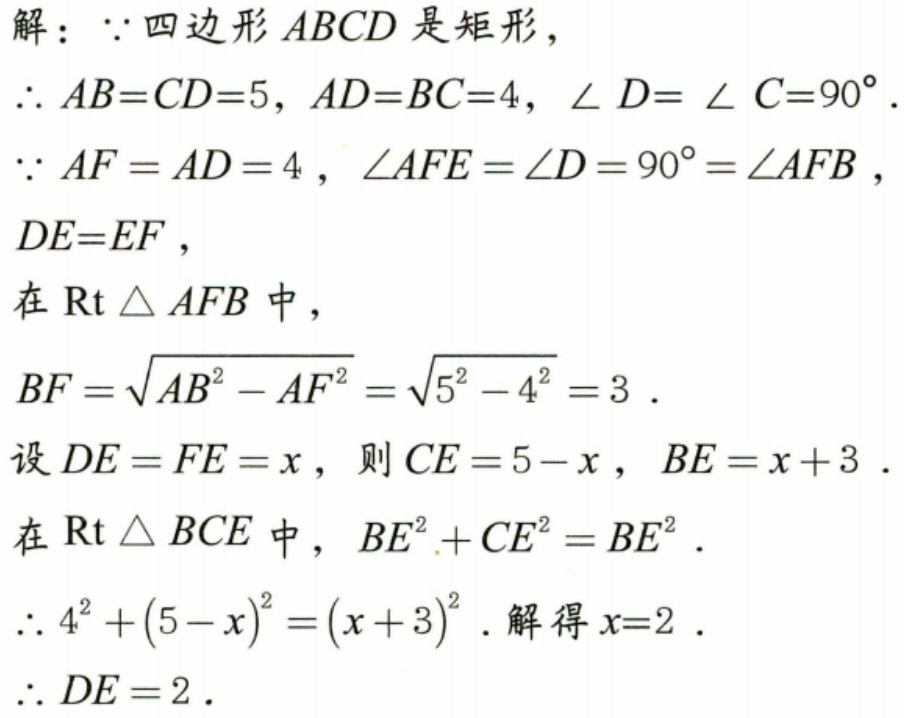
解：\(\because\)四边形 \(ABCD\) 是矩形，
\(\therefore AB = CD = 5\)，\(AD = BC = 4\)，\(\angle D=\angle C = 90^{\circ}\).
\(\because AF = AD = 4\)，\(\angle AFE=\angle D = 90^{\circ}=\angle AFB\)，\(DE = EF\)，
在\(\text{Rt}\triangle AFB\)中，
\(BF=\sqrt{AB^{2}-AF^{2}}=\sqrt{5^{2}-4^{2}} = 3\).
设\(DE = FE = x\)，则\(CE = 5 - x\)，\(BE = x + 3\).
在\(\text{Rt}\triangle BCE\)中，\(BC^{2}+CE^{2}=BE^{2}\).
\(\therefore 4^{2}+(5 - x)^{2}=(x + 3)^{2}\). 解得\(x = 2\).
\(\therefore DE = 2\).